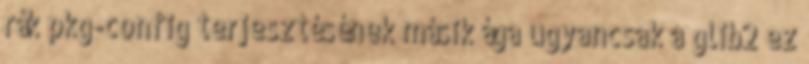
rák pkg-config terjesztésének másik ága ugyancsak a glib2 ez